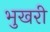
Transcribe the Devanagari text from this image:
भुखरी